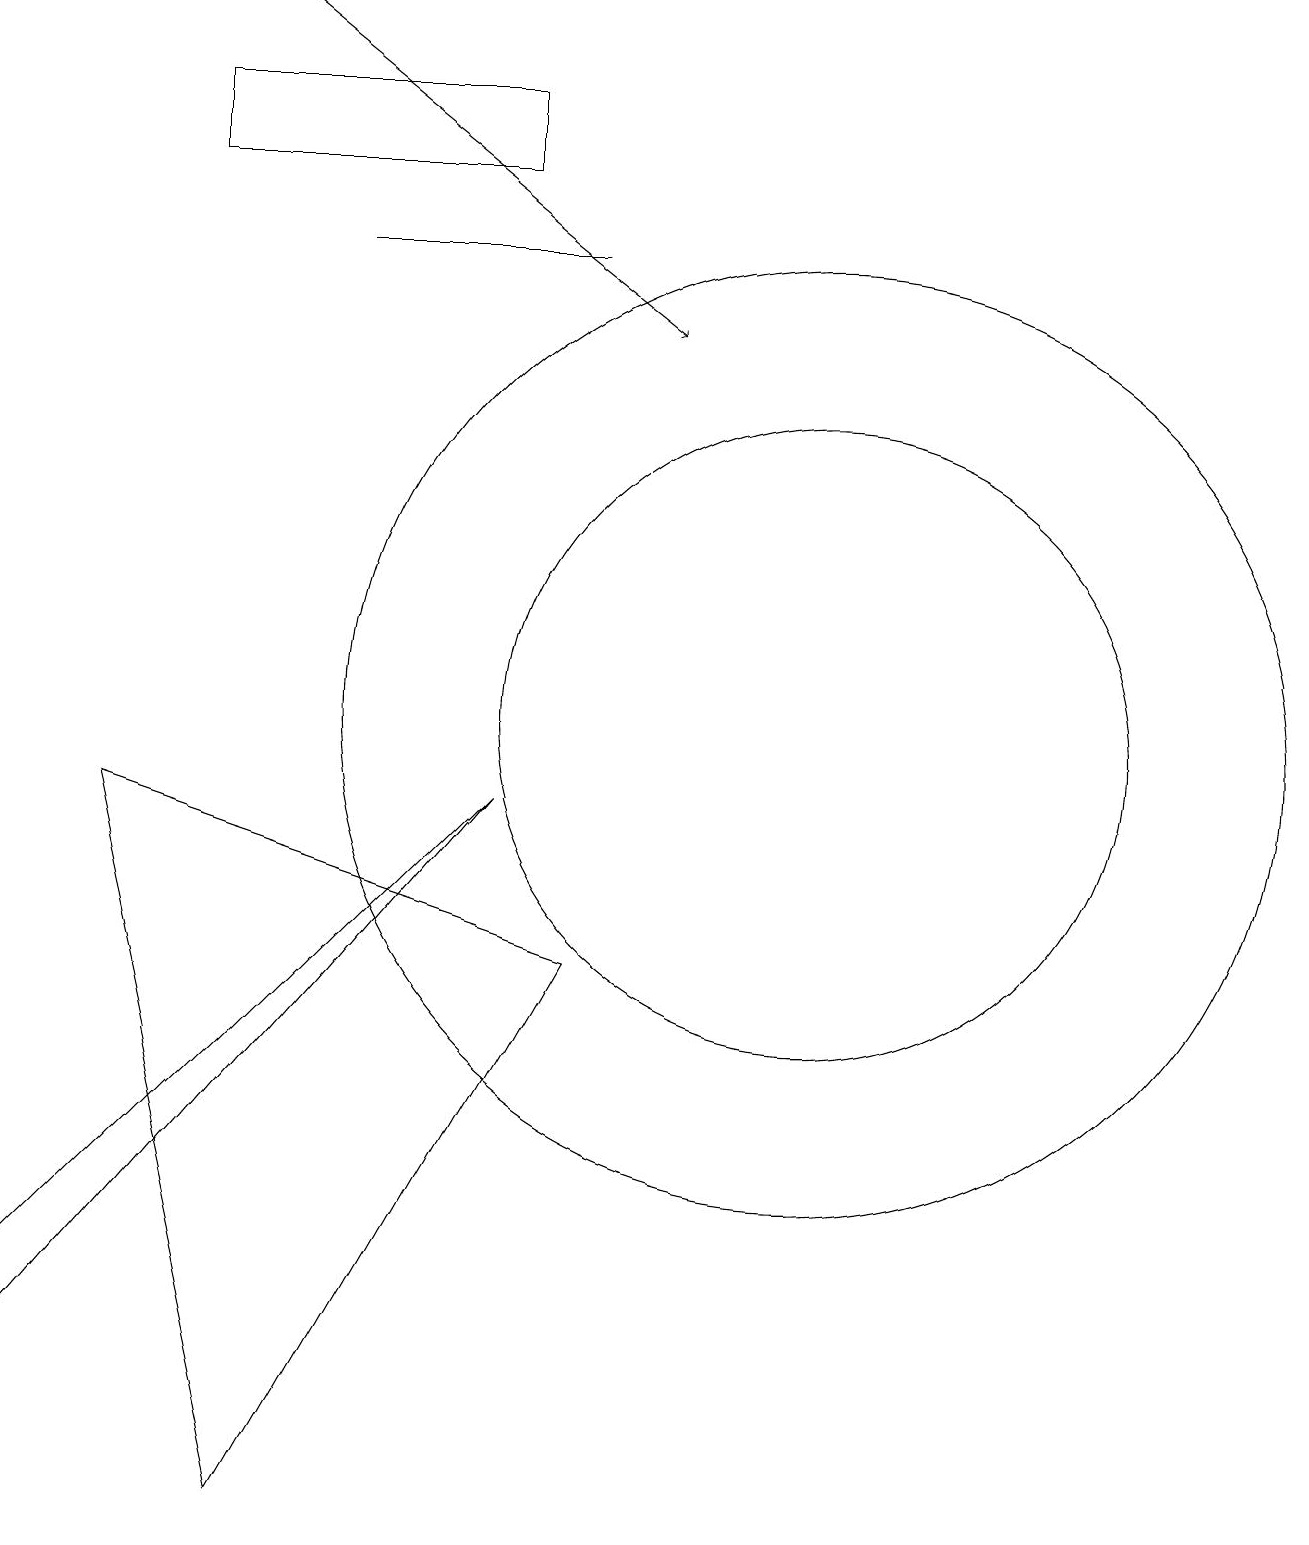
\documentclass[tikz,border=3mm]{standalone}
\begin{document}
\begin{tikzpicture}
\draw (7,16) rectangle (4,16);
\draw (6,9) -- (0,2) -- (0,3) -- cycle;
\draw (6,18) rectangle (2,17);
\draw (10,10) circle (6);
\draw (3,0) -- (1,9) -- (7,7) -- cycle;
\draw (10,10) circle (4);
\draw[->] (3,19) -- (8,15);
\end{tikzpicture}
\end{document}